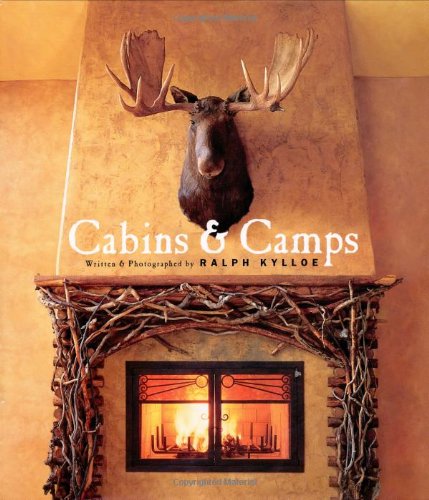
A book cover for Cabins and Camps; Ralph Kylloe; Crafts, Hobbies & Home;